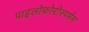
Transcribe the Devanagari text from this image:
पाइलोफोरोस्पर्मम